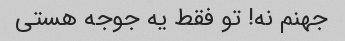
جهنم نه! تو فقط یه جوجه هستی